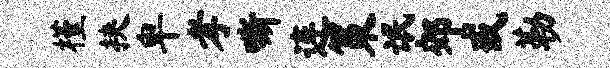
槿挟卑孝嘶连策氓郊戒勒